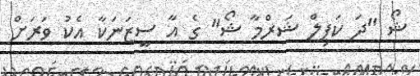
ޝޯ "ދަ ކަޕިލް ޝަރްމާ ޝޯ" ގެ އާ ސީޒަނަކާ އެކު ވަރަށް